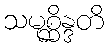
သမုစ္ဆိန္ဒတိ